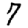
Digit: 7